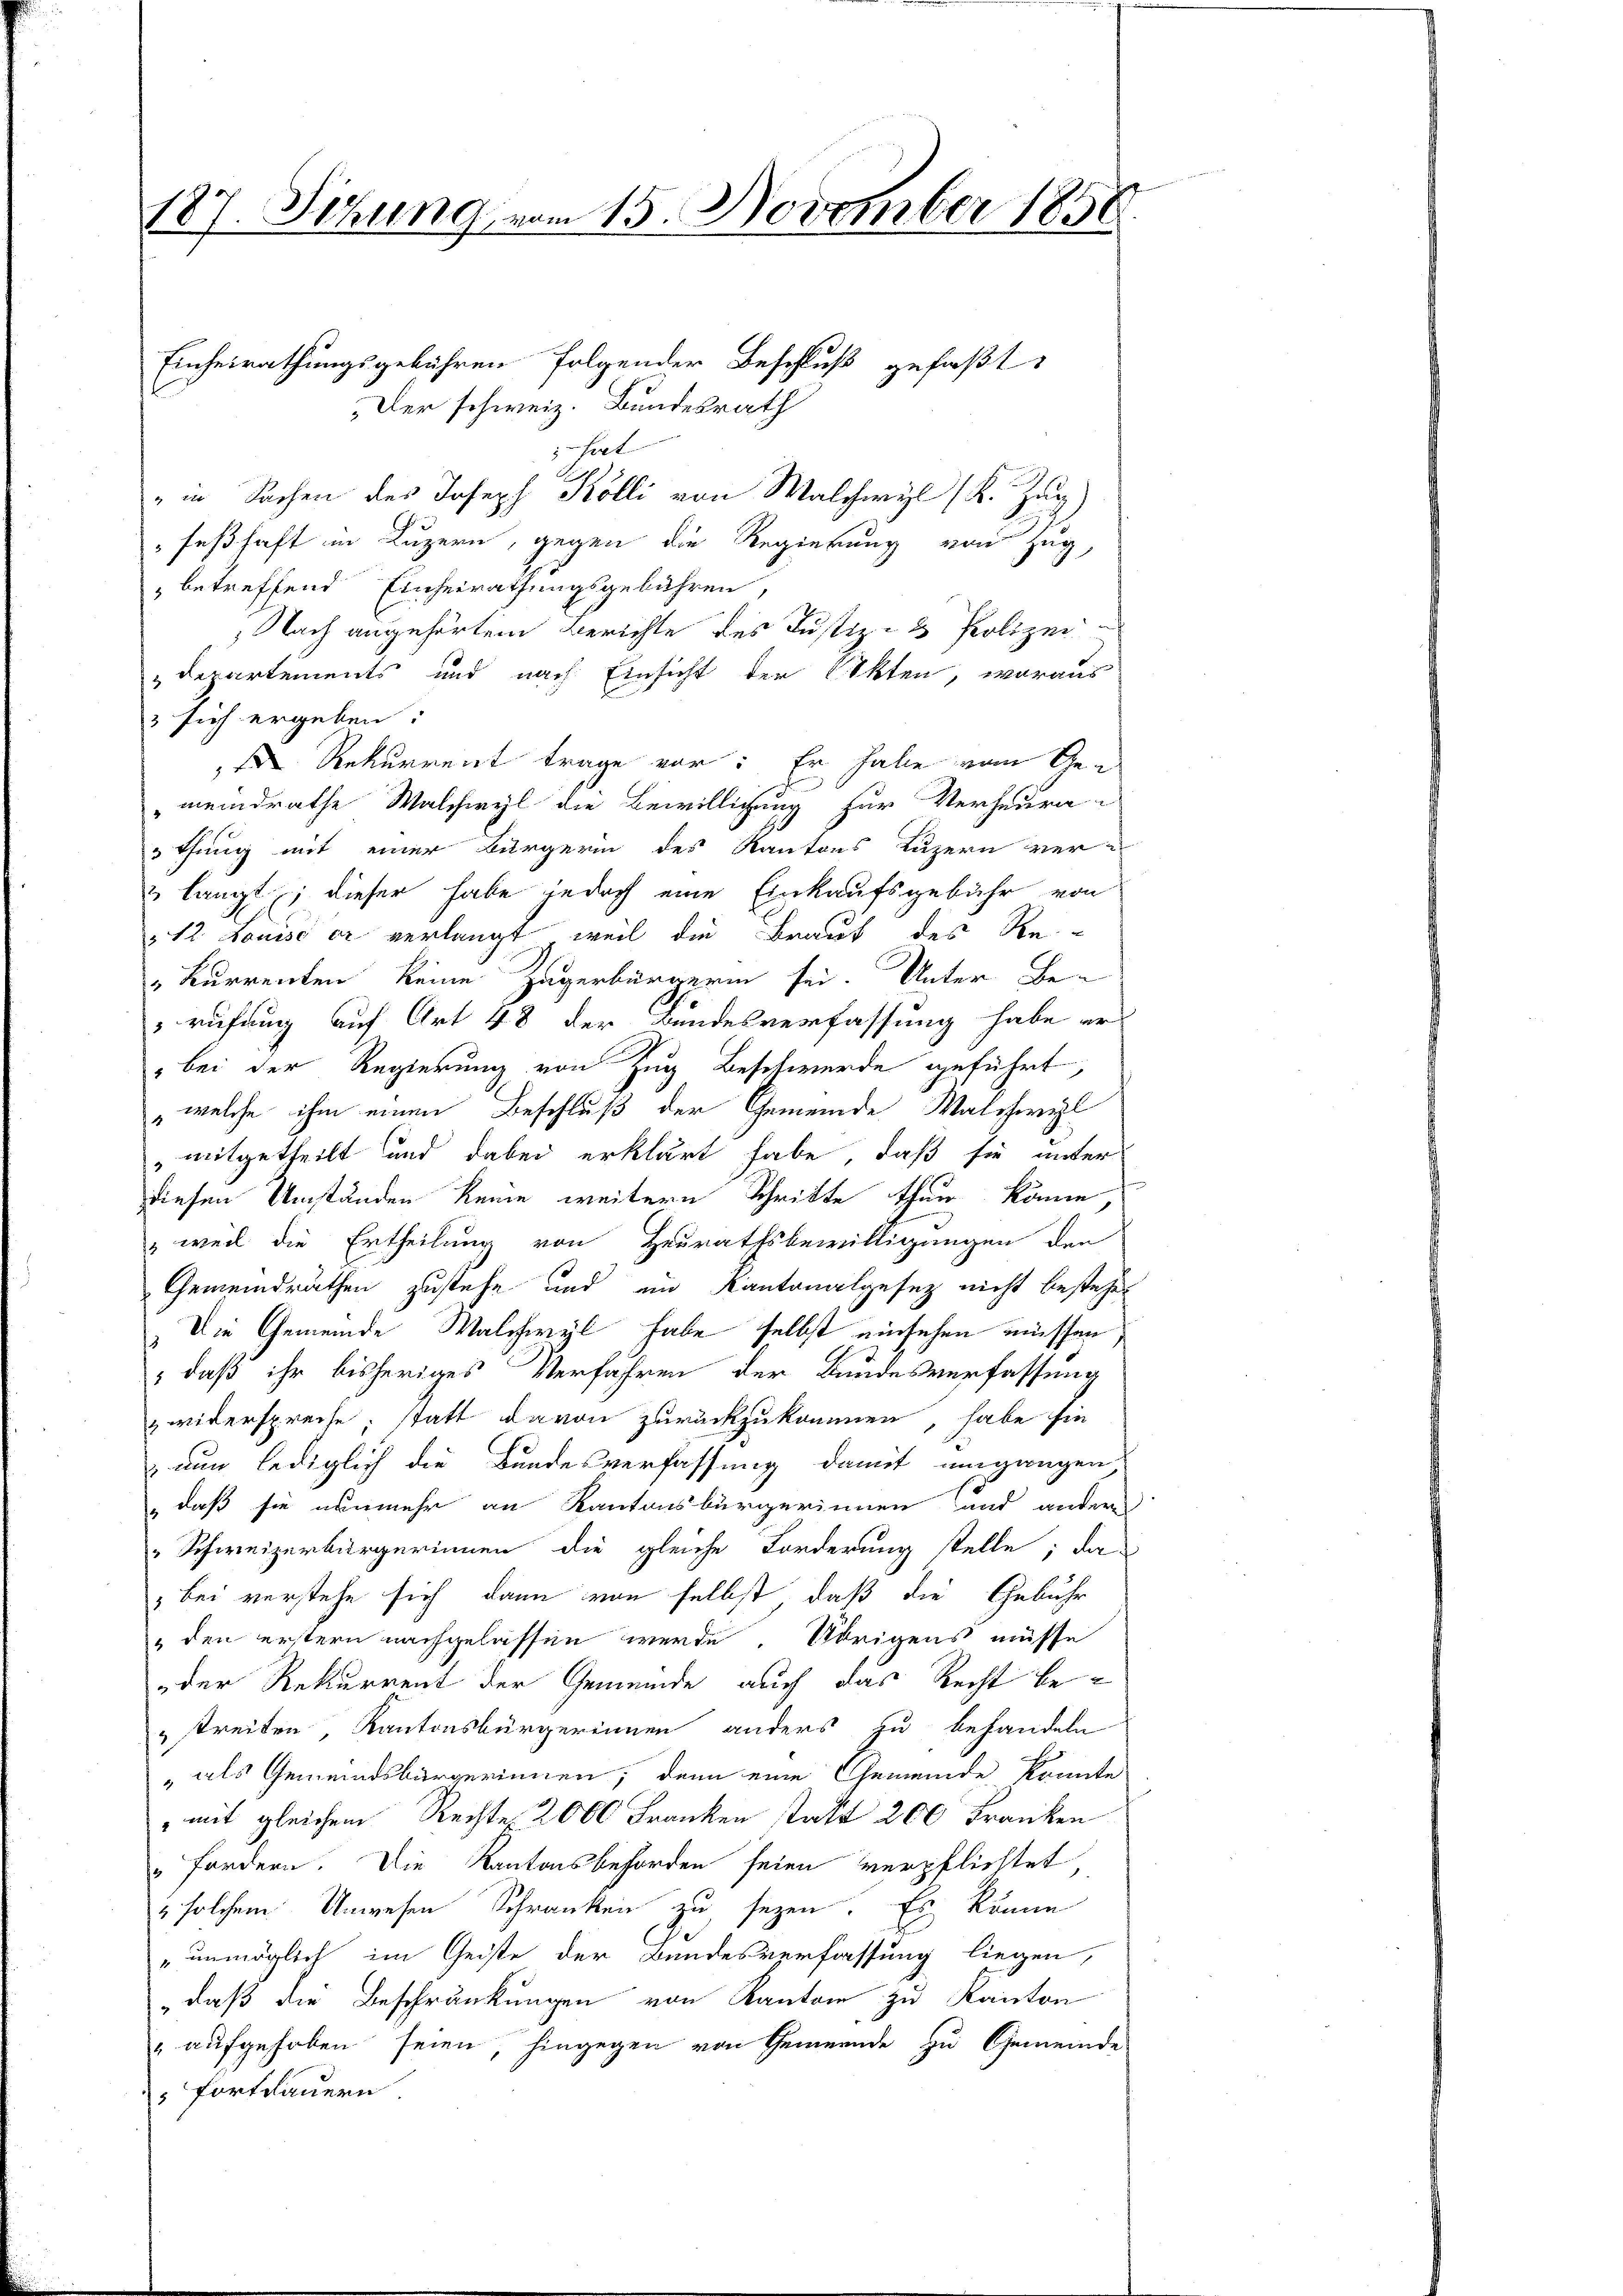
187. Sitzung vom 15. November 1858.

hint
feßhaft in Luzern, gegen die Regierung von Zug,
betreffend Einheirathungsgebühren,
 Nach angehörtem Berichte des Justiz- & Polizei¬
Departements und nach Einsicht der Akten, woraus
 sich ergeben:
 Rekurrent trage vor: Er habe vom Ge¬
"meindrathe Walchwyl die Bewilligung für Verheura-
u thung mit einer Bürgerin des Kantons Luzern ver-
u langt; dieser habe jedoch eine Einkaufsgebühr von
12 Louise er verlangt, weil die Braut des Re¬
" Kurrenten keine Zugerbürgerin sei. Unter Be
rufung auf Art 48 der Bundesverfassung habe er
" bei der Regierung von Zug Beschwerde geführt,
, welche ihm einen Beschluß der Gemeinde Walchwyl
mitgetheilt und dabei erklärt habe, daß sie unter
diesen Umständen keine weitern Schritte thun könne,
" weil die Ertheilung von Heurathsbewilligungen den
Gemeindräthen zustehe und im Kantonalgesetz nicht bestehe
Die Gemeinde Walchwyl habe selbst einsehen müssen,
, daß ihr bisheriges Verfahren der Bundesverfassung
zwiterspreche; statt davon zurückzukommen, habe sie
 nun lediglich die Bundesverfassung damit umgangen
" daß sie nunmehr an Kantonsbürgerinnen und andere
" Schweizerbürgerinnen die gleiche Forderung stelle; da-
" bei verstehe sich dann von selbst, daß die Gebühr
" den erstern nachgelassen werde. Übrigens müsse
der Rekurrent der Gemeinde auch das Recht bestreiten, Kantonsbürgerinnen anders zu behandeln
„als Gemeindsbürgerinnen; denn eine Gemeinde könnte
mit gleichem Rechte 2000 Franken statt 200 Franken
"Fordern. Die Kantonsbehörden seien verpflichtet,
2 solchem Unwesen Schranken zu sezen. Es könne
"unmöglich im Geiste der Bundesverfassung liegen,
„daß die Beschränkungen von Kanton zu Kanton
" aufgehoben seien, hingegen von Gemeinde zu Gemeinde
fortdauern.

Einheirathungsgebühren folgender Beschluß gefaßt
„Der schweiz. Bundesrath

" in Sachen des Joseph Kölli von Walchwyl (K. Zug)